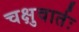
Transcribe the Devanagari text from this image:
चक्षुवार्तः